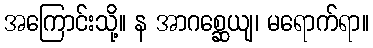
အကြောင်းသို့။ န အာဂစ္ဆေယျ၊ မရောက်ရာ။